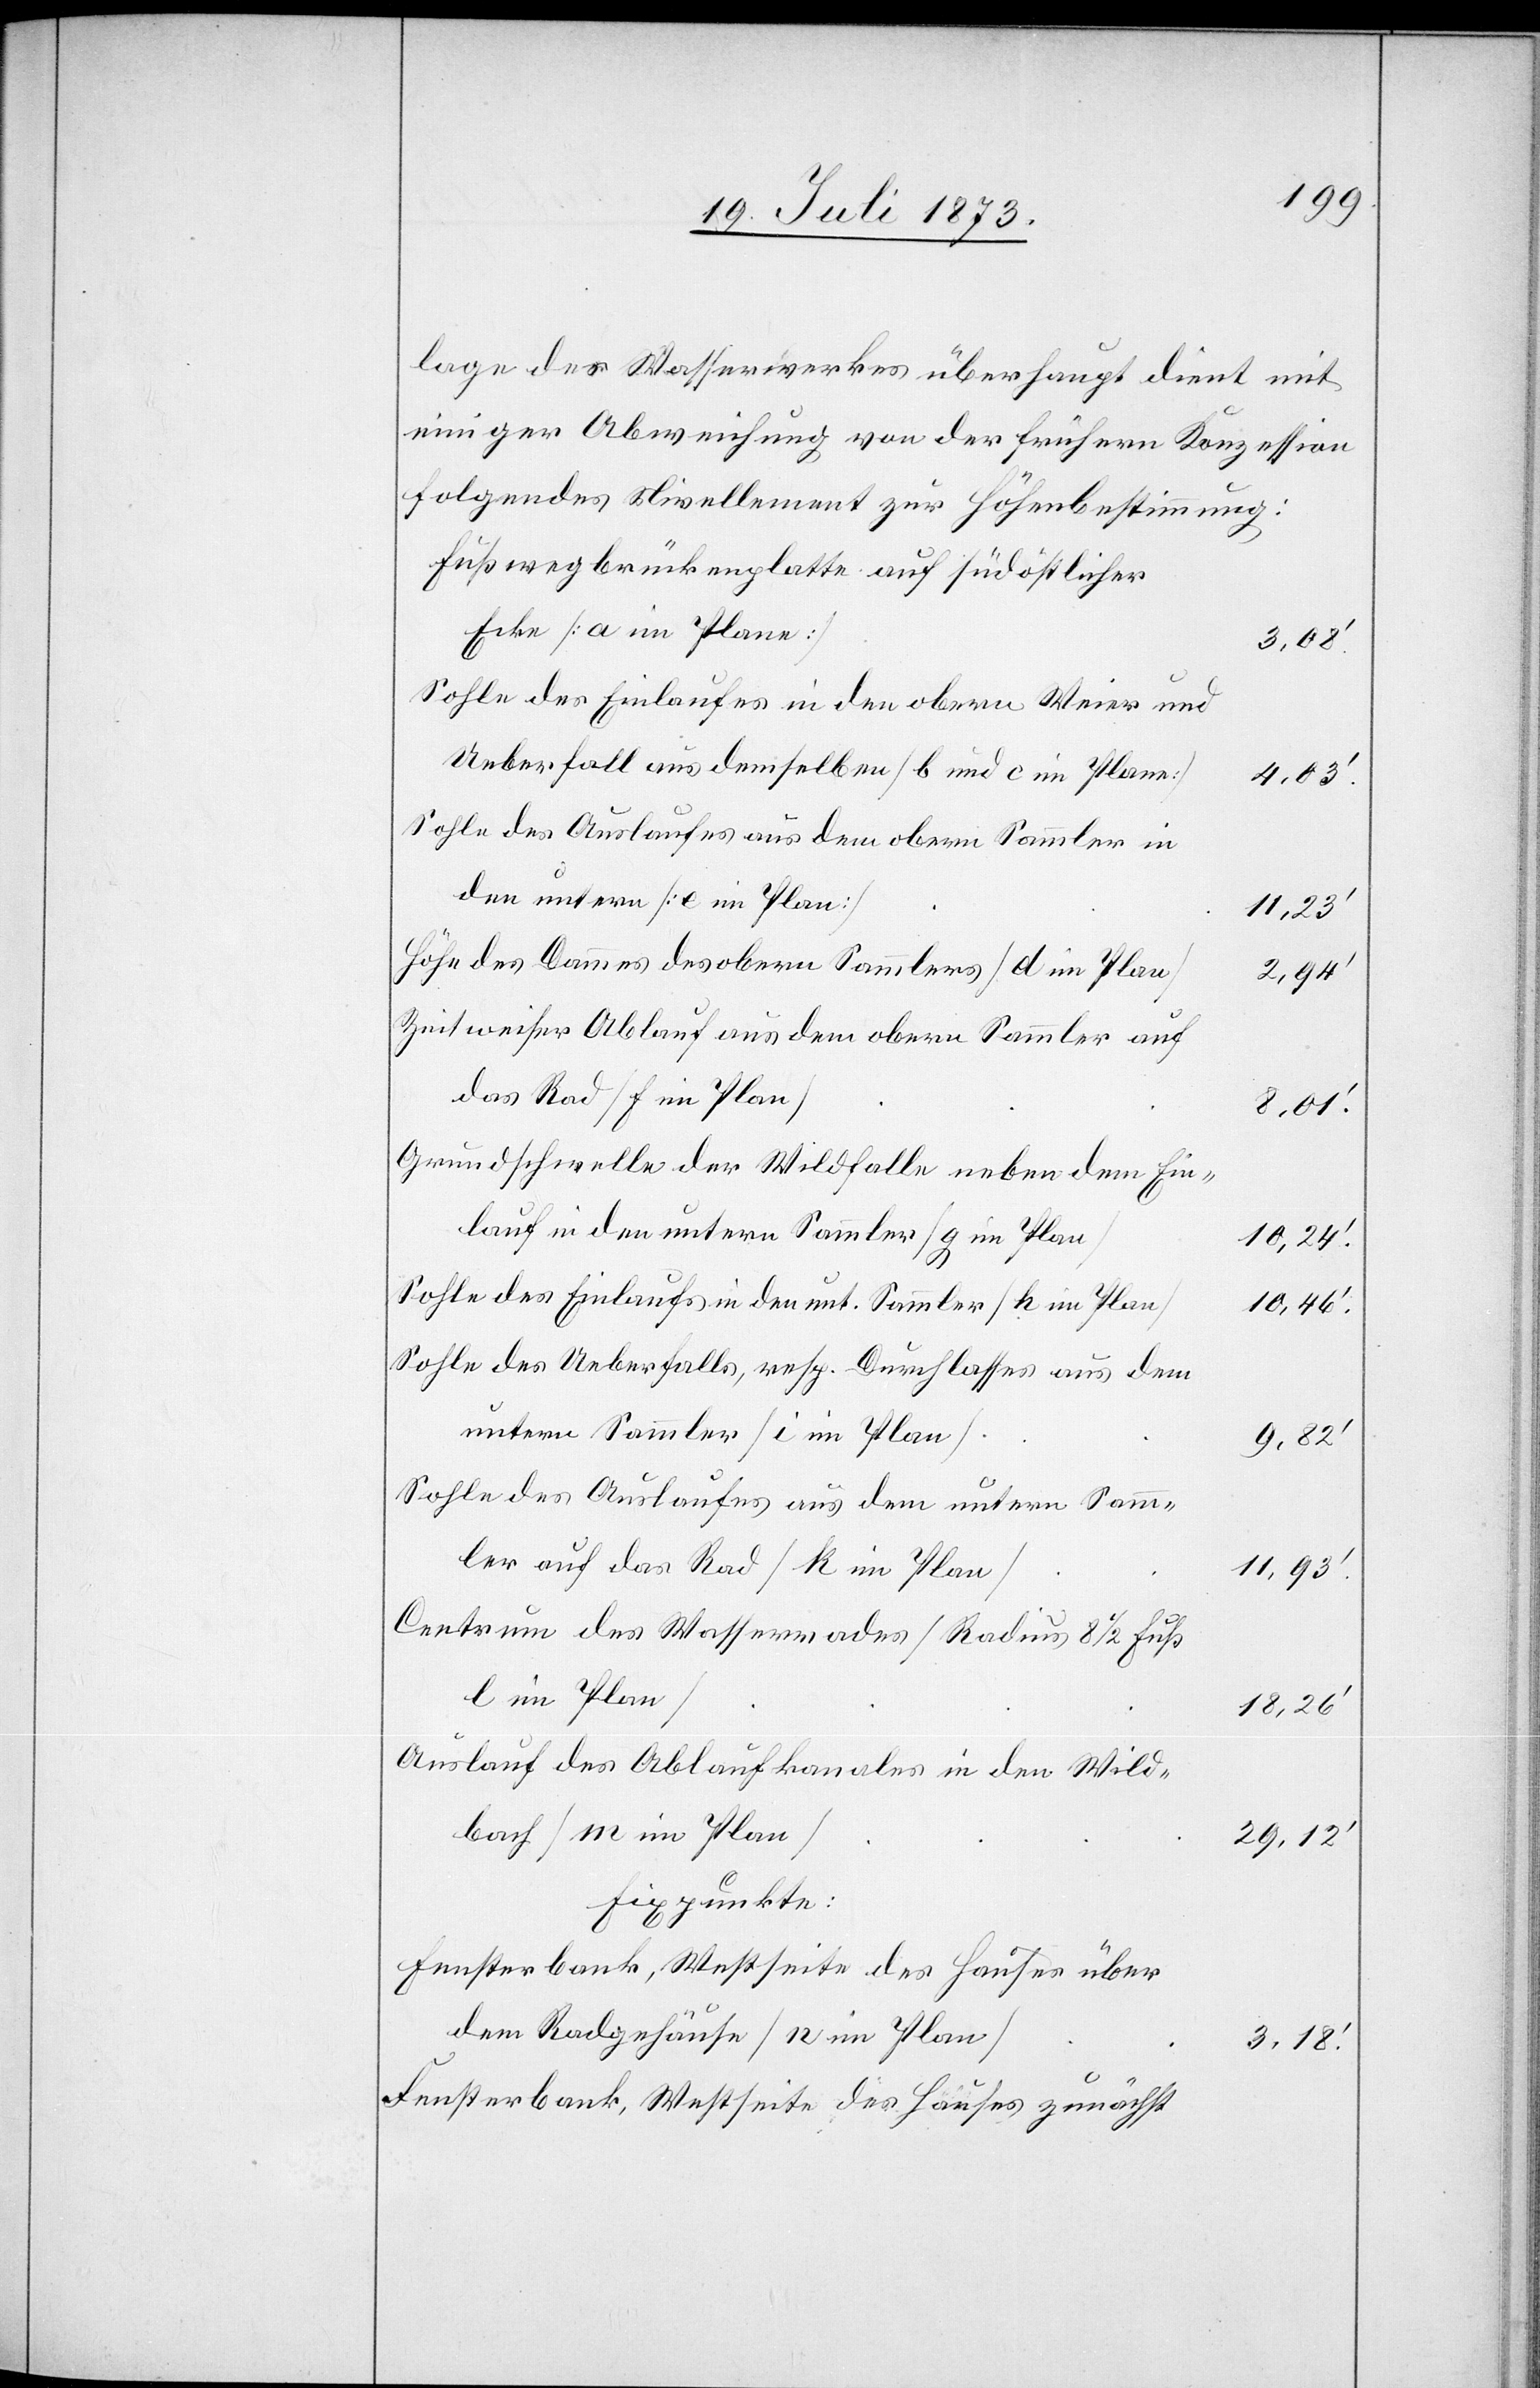
lage des Wasserwerkes überhaupt dient mit
einiger Abweichung von der frühern Konzession
folgendes Nivellement zur Höhenbestimmung:
Fußwegbrückenplatte auf südöstlicher
Ecke [a im Plane]
3,18‘.
Sohle des Einlaufes in den obern Weier und
Ueberfall aus demselben [b und c im Plane]
4,03‘.
Sohle des Auslaufes aus dem obern Sammler in
den untern [e im Plane]
11,23‘.
Höhe des Dammes des obern Sammlers [d im Plan]
2,94‘.
Zeitweiser Ablauf aus dem obern Sammler auf
das Rad [f im Plan]
8,01‘.
Grundschwelle der Wildfalle neben dem Ein¬
lauf in den untern Sammler [g im Plan|
10,24‘.
Sohle des Einlaufs in den unt. Sammler [k im Plan]
10,46‘.
Sohle des Ueberfalls, resp. Durchlasses aus dem
untern Sammler [i im Plan]
9,82‘.
Sohle des Auslaufes aus dem untern Samm¬
ler auf das Rad [k im Plan]
11,93‘.
Centrum des Wasserrades [Radius 8 1/2 Fuß
l im Plan]
18,26‘.
Auslauf des Ablaufkanales in den Wild¬
bach [m im Plan]
29,12‘.
Fixpunkte:
Fensterbank, Westseite des Hauses über
dem Radgehäuse [n im Plan]
Fensterbank, Westseite des Hauses zunächst